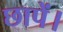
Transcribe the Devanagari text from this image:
छापें।